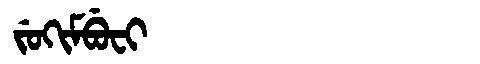
Manchu: ᠵᡠᡴᡳᠮᠪᡠᠸᡳ
Romanization: JUKIMBUFI